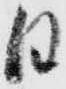
日